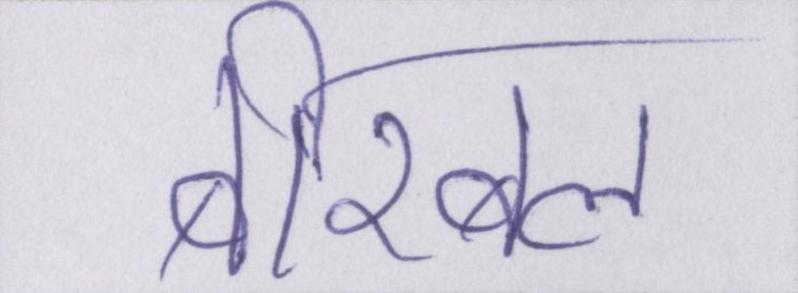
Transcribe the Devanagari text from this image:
बीरबल